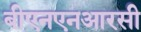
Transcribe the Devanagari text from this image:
बीएनएनआरसी